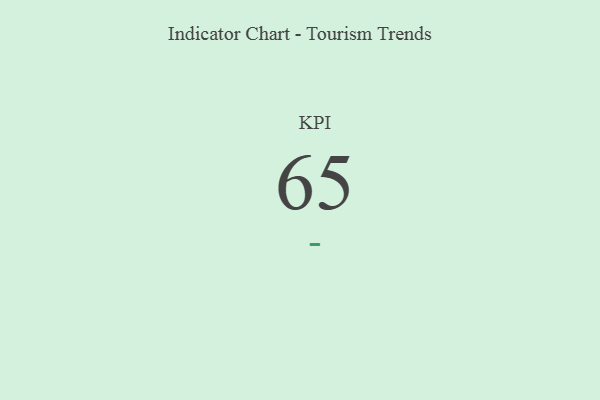
{"axis": {"x": "KPI", "y": "Value"}, "legend": [""], "data": [{"x": "KPI", "y": 65, "type": ""}]}